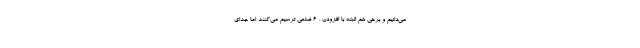
می‌دانیم و برخی هم البته با افزودن ، 6 ضلعی ترسیم می‌کنند اما جدای